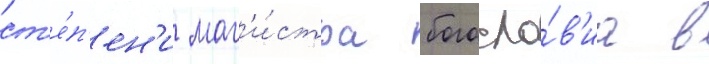
ст'е́п'ен'и маг'и́стра богосло́в'иа в